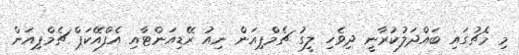
މި މެޗުގައި ބައްދަލުކުރާނީ ދިވެހި ލީގު ޗެމްޕިއަން ނިއު ރޭޑިއަންޓާއި އެފްއޭކަޕް ޗެމްޕިއަން